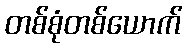
တစ်စုံတစ်ယောက်